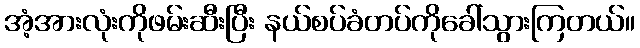
အံ့အားလုံးကိုဖမ်းဆီးပြီး နယ်စပ်ခံတပ်ကိုခေါ်သွားကြတယ်။